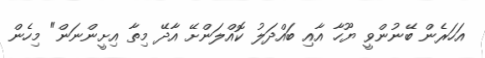
އަހަރެން ބޭނުންވީ ޔޫހާ އާއި ބައްދަލު ކޮއްލަންށޭ އާދޭ މިތާ އިށީންނަން" މިހެން